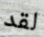
لقد